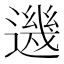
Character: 𨗂